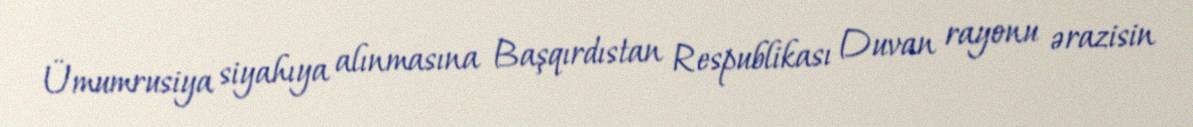
Ümumrusiya siyahıya alınmasına Başqırdıstan Respublikası Duvan rayonu ərazisin